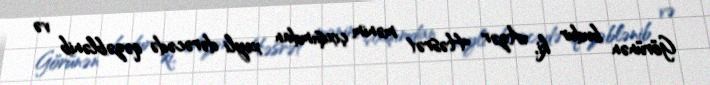
Görünən budur ki, Azər Həsrət mənim çıxışımdan xeyli dərəcədə qəzəblənib və